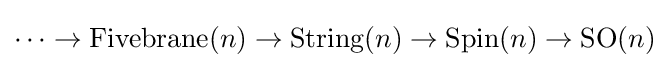
\cdots \to \operatorname {Fivebrane} (n)\to \operatorname {String} (n)\to \operatorname {Spin} (n)\to \operatorname {SO} (n)